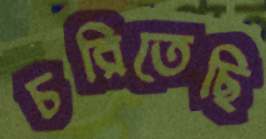
চরিতেছি